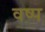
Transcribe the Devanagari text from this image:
वष्प